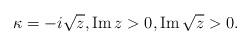
LaTeX: \begin{align*}\kappa=-i\sqrt{z}, \mathop{\mathrm{Im}} z >0,\mathop{\mathrm{Im}}\sqrt{z}>0.\end{align*}